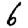
Digit: 6